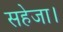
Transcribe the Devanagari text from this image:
सहेजा।